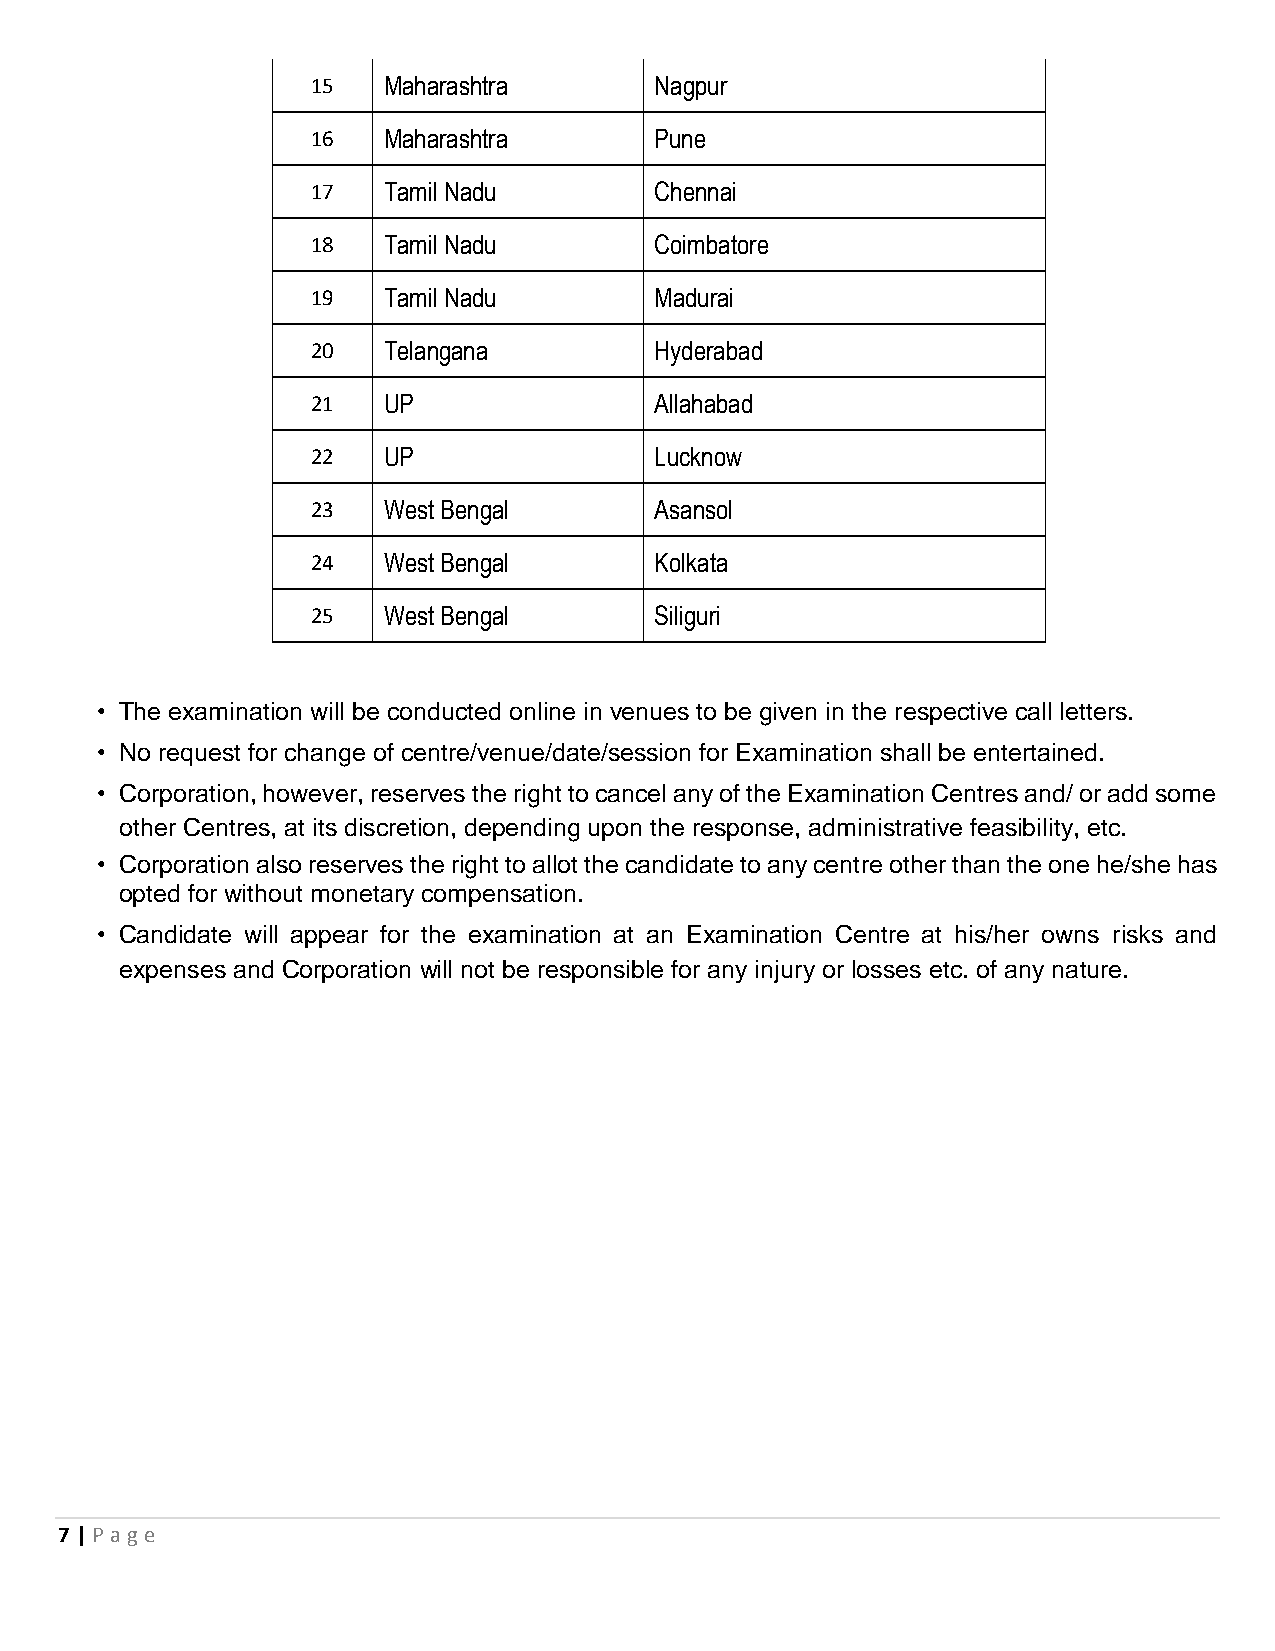
15  Maharashtra       Nagpur
 16  Maharashtra       Pune
 17  Tamil Nadu        Chennai
 18  Tamil Nadu        Coimbatore
 19  Tamil Nadu        Madurai
 20  Telangana         Hyderabad
 21  UP                Allahabad
 22  UP                Lucknow
 23  West Bengal       Asansol
 24  West Bengal       Kolkata
 25  West Bengal       Siliguri
 • The examination will be conducted online in venues to be given in the respective call letters.
 • No request for change of centre/venue/date/session for Examination shall be entertained.
 • Corporation, however, reserves the right to cancel any of the Examination Centres and/ or add some
 other Centres, at its discretion, depending upon the response, administrative feasibility, etc.
 • Corporation also reserves the right to allot the candidate to any centre other than the one he/she has
 opted for without monetary compensation.
 • Candidate will appear for the examination at an Examination Centre at his/her owns risks and
 expenses and Corporation will not be responsible for any injury or losses etc. of any nature.
 7 | P age